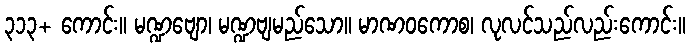
၃၁၃+ ကောင်း။ မဏ္ဍဗျော၊ မဏ္ဍဗျမည်သော။ မာဏဝကောစ၊ လုလင်သည်လည်းကောင်း။